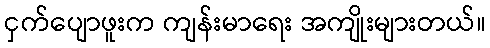
ငှက်ပျောဖူးက ကျန်းမာရေး အကျိုးများတယ်။